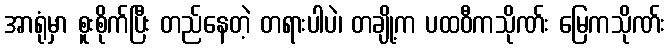
အာရုံမှာ စူးစိုက်ပြီး တည်နေတဲ့ တရားပါပဲ၊ တချို့က ပထဝီကသိုဏ်း မြေကသိုဏ်း